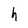
Character: h